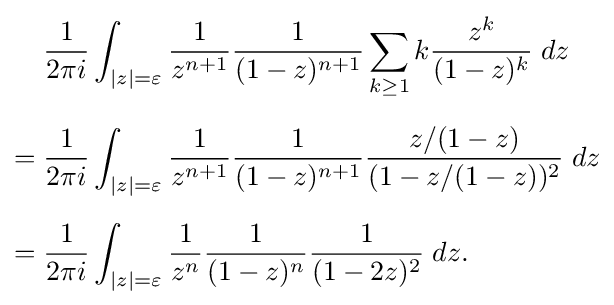
{\begin{aligned}&{\frac {1}{2\pi i}}\int _{|z|=\varepsilon }{\frac {1}{z^{n+1}}}{\frac {1}{(1-z)^{n+1}}}\sum _{k\geq 1}k{\frac {z^{k}}{(1-z)^{k}}}\;dz\\[6pt]={}&{\frac {1}{2\pi i}}\int _{|z|=\varepsilon }{\frac {1}{z^{n+1}}}{\frac {1}{(1-z)^{n+1}}}{\frac {z/(1-z)}{(1-z/(1-z))^{2}}}\;dz\\[6pt]={}&{\frac {1}{2\pi i}}\int _{|z|=\varepsilon }{\frac {1}{z^{n}}}{\frac {1}{(1-z)^{n}}}{\frac {1}{(1-2z)^{2}}}\;dz.\end{aligned}}